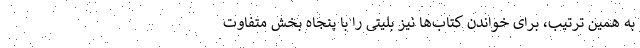
به همین ترتیب، برای خواندن کتاب‌ها نیز بلیتی را با پنجاه بخش متفاوت